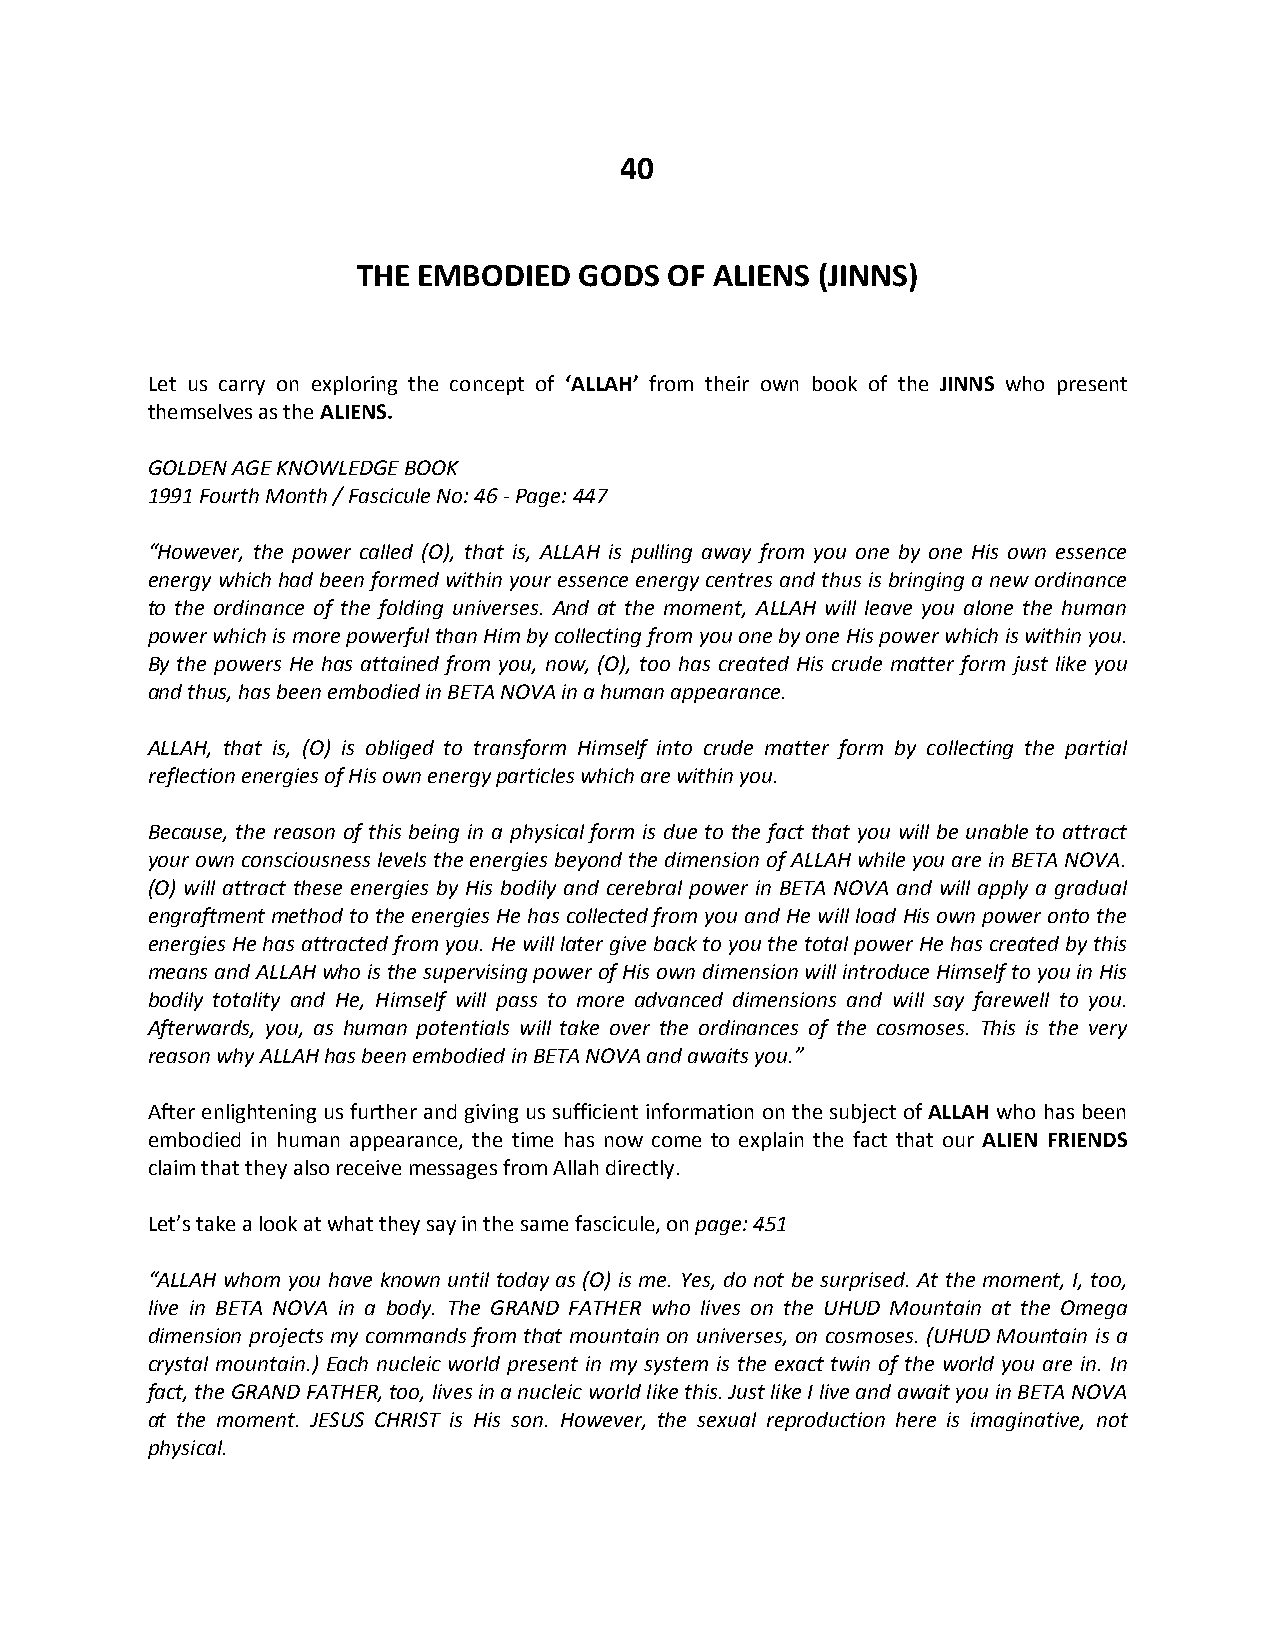
40
 THE EMBODIED  GODS  OF ALIENS (JINNS)
 Let us carry on exploring the concept of ‘ALLAH’ from their own book of the JINNS who present
 themselves as the ALIENS.
 GOLDEN AGE KNOWLEDGE BOOK
 1991 Fourth Month / Fascicule No: 46 - Page: 447
 “However, the power called (O), that is, ALLAH is pulling away from you one by one His own essence
 energy which had been formed within your essence energy centres and thus is bringing a new ordinance
 to the ordinance of the folding universes. And at the moment, ALLAH will leave you alone the human
 power which is more powerful than Him by collecting from you one by one His power which is within you.
 By the powers He has attained from you, now, (O), too has created His crude matter form just like you
 and thus, has been embodied in BETA NOVA in a human appearance.
 ALLAH, that is, (O) is obliged to transform Himself into crude matter form by collecting the partial
 reflection energies of His own energy particles which are within you.
 Because, the reason of this being in a physical form is due to the fact that you will be unable to attract
 your own consciousness levels the energies beyond the dimension of ALLAH while you are in BETA NOVA.
 (O) will attract these energies by His bodily and cerebral power in BETA NOVA and will apply a gradual
 engraftment method to the energies He has collected from you and He will load His own power onto the
 energies He has attracted from you. He will later give back to you the total power He has created by this
 means and ALLAH who is the supervising power of His own dimension will introduce Himself to you in His
 bodily totality and He, Himself will pass to more advanced dimensions and will say farewell to you.
 Afterwards, you, as human potentials will take over the ordinances of the cosmoses. This is the very
 reason why ALLAH has been embodied in BETA NOVA and awaits you.”
 After enlightening us further and giving us sufficient information on the subject of ALLAH who has been
 embodied in human appearance, the time has now come to explain the fact that our ALIEN FRIENDS
 claim that they also receive messages from Allah directly.
 Let’s take a look at what they say in the same fascicule, on page: 451
 “ALLAH whom you have known until today as (O) is me. Yes, do not be surprised. At the moment, I, too,
 live in BETA NOVA in a body. The GRAND FATHER who lives on the UHUD Mountain at the Omega
 dimension projects my commands from that mountain on universes, on cosmoses. (UHUD Mountain is a
 crystal mountain.) Each nucleic world present in my system is the exact twin of the world you are in. In
 fact, the GRAND FATHER, too, lives in a nucleic world like this. Just like I live and await you in BETA NOVA
 at the moment. JESUS CHRIST is His son. However, the sexual reproduction here is imaginative, not
 physical.